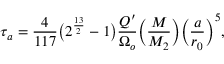
\tau _ { a } = \frac { 4 } { 1 1 7 } \big ( 2 ^ { \frac { 1 3 } { 2 } } - 1 \big ) \frac { Q ^ { \prime } } { \Omega _ { o } } \bigg ( \frac { M } { M _ { 2 } } \bigg ) \bigg ( \frac { a } { r _ { 0 } } \bigg ) ^ { 5 } ,